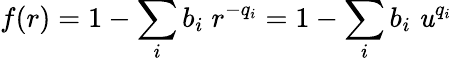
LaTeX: f(r)=1-\sum_{i}b_{i}\; r^{-q_{i}}=1-\sum_{i}b_{i}\; \mathit{u}^{q_{i}}